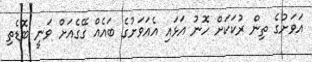
އަވަށުގެ ތިން ރުކަކަށް ހޮނު އަޅައި އެއަވަށުގެ ބައެއް ގޭގެއަށް ވަނީ ބޮޑެތި